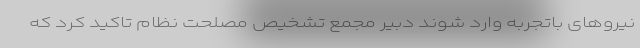
نیروهای باتجربه وارد شوند دبیر مجمع تشخیص مصلحت نظام تاکید کرد که